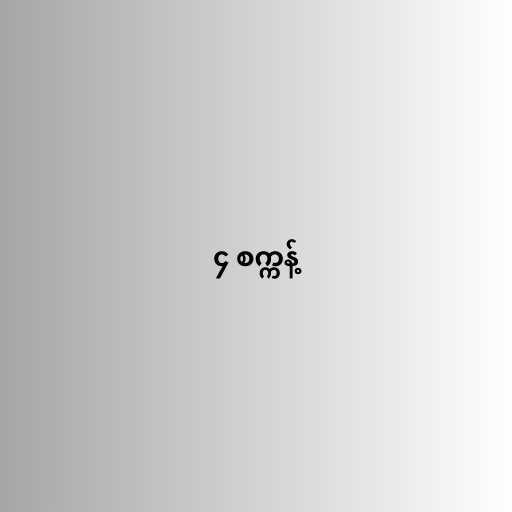
၄ စက္ကန့်